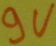
Text: 9V